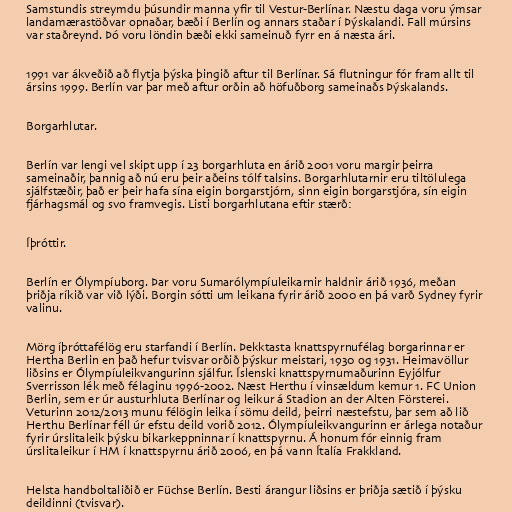
Samstundis streymdu þúsundir manna yfir til Vestur-Berlínar. Næstu daga voru ýmsar
landamærastöðvar opnaðar, bæði í Berlín og annars staðar í Þýskalandi. Fall múrsins
var staðreynd. Þó voru löndin bæði ekki sameinuð fyrr en á næsta ári.

1991 var ákveðið að flytja þýska þingið aftur til Berlínar. Sá flutningur fór fram allt til
ársins 1999. Berlín var þar með aftur orðin að höfuðborg sameinaðs Þýskalands.

Borgarhlutar.

Berlín var lengi vel skipt upp í 23 borgarhluta en árið 2001 voru margir þeirra
sameinaðir, þannig að nú eru þeir aðeins tólf talsins. Borgarhlutarnir eru tiltölulega
sjálfstæðir, það er þeir hafa sína eigin borgarstjórn, sinn eigin borgarstjóra, sín eigin
fjárhagsmál og svo framvegis. Listi borgarhlutana eftir stærð:

Íþróttir.

Berlín er Ólympíuborg. Þar voru Sumarólympíuleikarnir haldnir árið 1936, meðan
þriðja ríkið var við lýði. Borgin sótti um leikana fyrir árið 2000 en þá varð Sydney fyrir
valinu.

Mörg íþróttafélög eru starfandi í Berlín. Þekktasta knattspyrnufélag borgarinnar er
Hertha Berlin en það hefur tvisvar orðið þýskur meistari, 1930 og 1931. Heimavöllur
liðsins er Ólympíuleikvangurinn sjálfur. Íslenski knattspyrnumaðurinn Eyjólfur
Sverrisson lék með félaginu 1996-2002. Næst Herthu í vinsældum kemur 1. FC Union
Berlin, sem er úr austurhluta Berlínar og leikur á Stadion an der Alten Försterei.
Veturinn 2012/2013 munu félögin leika í sömu deild, þeirri næstefstu, þar sem að lið
Herthu Berlínar féll úr efstu deild vorið 2012. Ólympíuleikvangurinn er árlega notaður
fyrir úrslitaleik þýsku bikarkeppninnar í knattspyrnu. Á honum fór einnig fram
úrslitaleikur í HM í knattspyrnu árið 2006, en þá vann Ítalía Frakkland.

Helsta handboltaliðið er Füchse Berlín. Besti árangur liðsins er þriðja sætið í þýsku
deildinni (tvisvar).